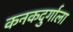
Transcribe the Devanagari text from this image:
कनकदुर्गाला